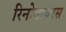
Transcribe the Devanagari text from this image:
रिनोवायरस